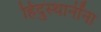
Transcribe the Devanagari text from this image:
हिंदुस्थानींना